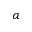
a